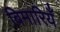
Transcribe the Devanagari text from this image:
बिमारियँ